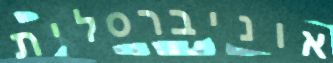
אוניברסלית